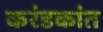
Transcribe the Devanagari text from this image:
करंडकांत